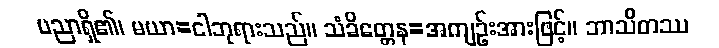
ပညာရှိ၏၊ မယာ=ငါဘုရားသည်။ သံခိတ္တေန=အကျဉ်းအားဖြင့်။ ဘာသိတဿ